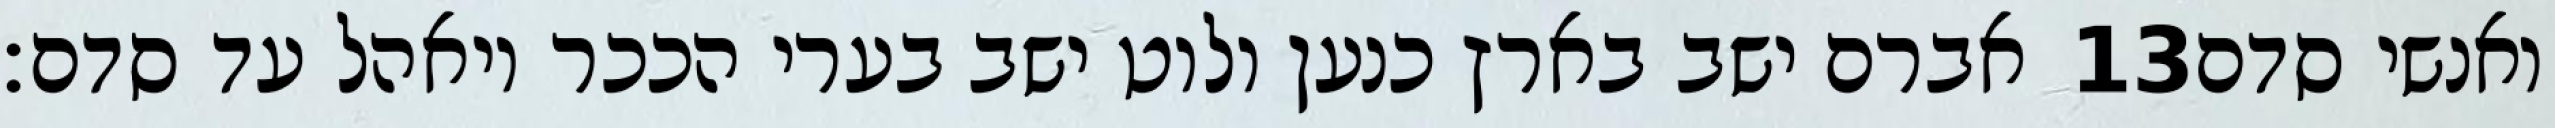
אברם ישב בארץ כנען ולוט ישב בערי הככר ויאהל עד סדם׃ ‎13‏ ואנשי סדם